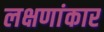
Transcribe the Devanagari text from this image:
लक्षणांकार